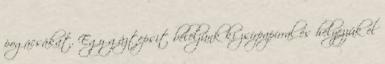
pogácsákat. Egy gáztepsit béleljünk ki zsírpapírral és helyezzük el